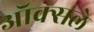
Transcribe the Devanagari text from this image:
ऑक्सले